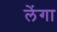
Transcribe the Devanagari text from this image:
लेंगा